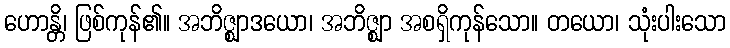
ဟောန္တိ၊ ဖြစ်ကုန်၏။ အဘိဇ္ဈာဒယော၊ အဘိဇ္ဈာ အစရှိကုန်သော။ တယော၊ သုံးပါးသော